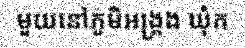
មួយនៅភូមិអង្គ្រង ឃុំក